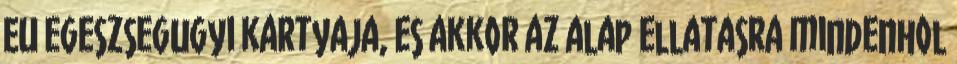
EU egeszsegugyi kartyaja, es akkor az alap ellatasra mindenhol